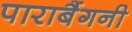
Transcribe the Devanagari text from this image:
पाराबैंगनी